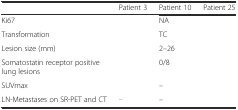
<table><thead><tr><td>[EMPTY_CELL]</td><td><b>Patient 3</b></td><td><b>Patient 10</b></td><td><b>Patient 25</b></td></tr></thead><tbody><tr><td>Ki67</td><td>[EMPTY_CELL]</td><td>NA</td><td>[EMPTY_CELL]</td></tr><tr><td>Transformation</td><td>[EMPTY_CELL]</td><td>TC</td><td>[EMPTY_CELL]</td></tr><tr><td>Lesion size (mm)</td><td>[EMPTY_CELL]</td><td>2–26</td><td>[EMPTY_CELL]</td></tr><tr><td>Somatostatin receptor positive lung lesions</td><td>[EMPTY_CELL]</td><td>0/8</td><td>[EMPTY_CELL]</td></tr><tr><td>SUVmax</td><td>[EMPTY_CELL]</td><td>–</td><td>[EMPTY_CELL]</td></tr><tr><td>LN-Metastases on SR-PET and CT</td><td>[EMPTY_CELL]</td><td>–</td><td>[EMPTY_CELL]</td></tr></tbody></table>